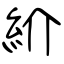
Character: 紒